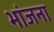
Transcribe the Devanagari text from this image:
भांजना